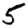
Digit: 5